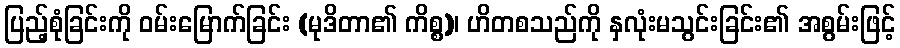
ပြည့်စုံခြင်းကို ဝမ်းမြောက်ခြင်း (မုဒိတာ၏ ကိစ္စ)၊ ဟိတစသည်ကို နှလုံးမသွင်းခြင်း၏ အစွမ်းဖြင့်